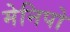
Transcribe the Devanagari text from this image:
मेनिपो